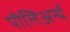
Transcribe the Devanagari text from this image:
पौलिअर्न्य